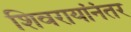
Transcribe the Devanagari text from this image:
शिवरायांनंतर